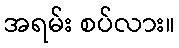
အရမ်း စပ်လား။